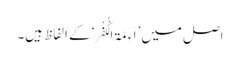
اصل میں ’اَءِمَّۃَ الْکُفْرِ‘ کے الفاظ ہیں۔